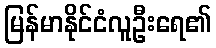
မြန်မာနိုင်ငံလူဦးရေ၏